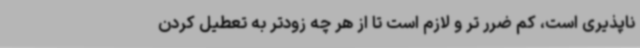
ناپذیری است، کم ضرر تر و لازم است تا از هر چه زودتر به تعطیل کردن